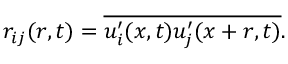
r _ { i j } ( r , t ) = \overline { { u _ { i } ^ { \prime } ( x , t ) u _ { j } ^ { \prime } ( x + r , t ) } } .